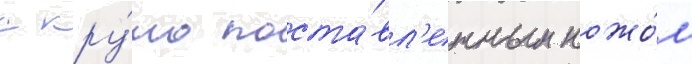
с кру́то поста́вл'енным ножо́м